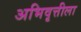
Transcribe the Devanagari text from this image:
अभिवृत्तीला